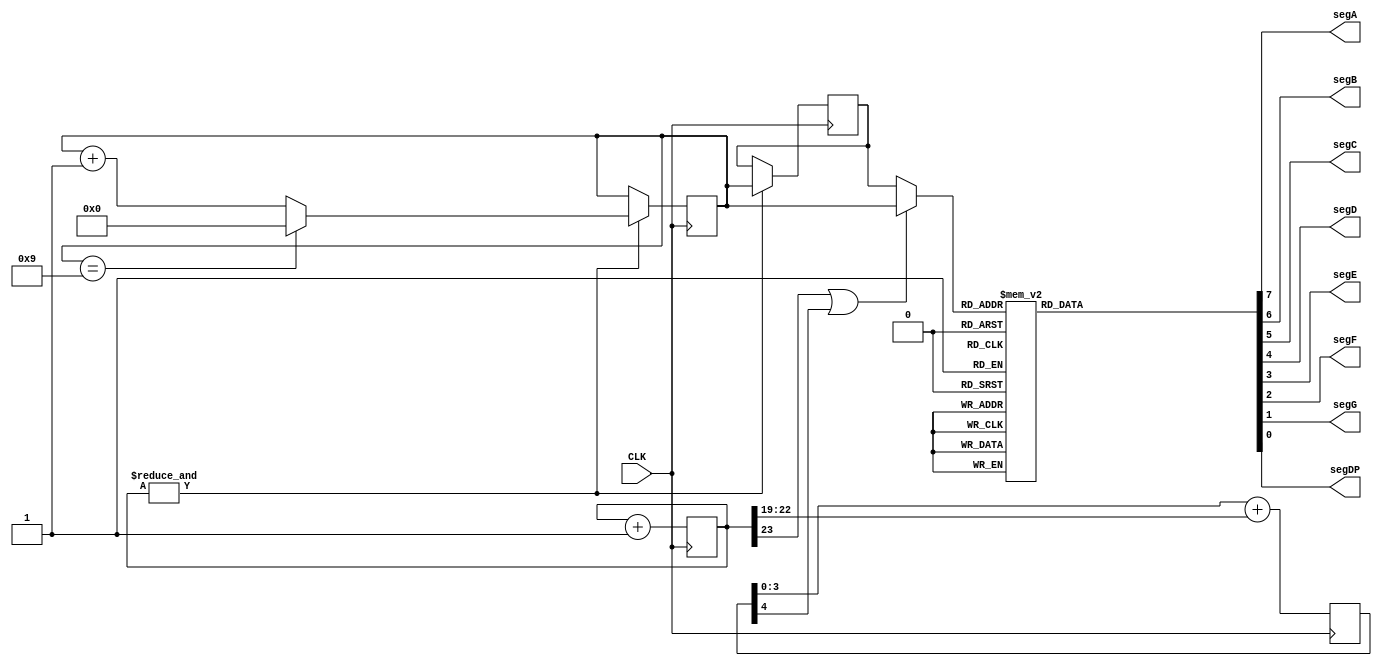
// look in pins.pcf for all the pin names on the TinyFPGA BX board
module top (
    input CLK,    // 16MHz clock
    // output LED,   // User/boot LED next to power LED
    // output USBPU  // USB pull-up resistor
    // output segA,
    // output segB, 
    // output segC, 
    // output segD, 
    // output segE, 
    // output segF, 
    // output segG, 
    // output segDP
    output segA, segB, segC, segD, segE, segF, segG, segDP
);

    // cnt is used as a prescalar
    reg[23:0] cnt;
    always @(posedge CLK) cnt <= cnt+24'h1;
    wire cntovf = &cnt;

    // BCD is a counter that counts from 0 to 9
    reg [3:0] BCD_new, BCD_old;
    always @(posedge CLK) if(cntovf) BCD_new <= (BCD_new==4'h9 ? 4'h0 : BCD_new + 4'h1);
    always @(posedge CLK) if(cntovf) BCD_old <= BCD_new;

    reg[4:0] PWM;
    wire[3:0] PWM_input = cnt[22:19];
    always @(posedge CLK) PWM <= PWM[3:0] + PWM_input;
    wire [3:0] BCD = (cnt[23] | PWM[4]) ? BCD_new : BCD_old;



    reg[7:0] SevenSeg;
    always @(*) begin
        case(BCD) 
            4'h0: SevenSeg = 8'b11111100;
            4'h1: SevenSeg = 8'b01100000;
            4'h2: SevenSeg = 8'b11011010;
            4'h3: SevenSeg = 8'b11110010;
            4'h4: SevenSeg = 8'b01100110;
            4'h5: SevenSeg = 8'b10110110;
            4'h6: SevenSeg = 8'b10111110;
            4'h7: SevenSeg = 8'b11100000;
            4'h8: SevenSeg = 8'b11111110;
            4'h9: SevenSeg = 8'b11110110;
            default: SevenSeg = 8'b00000000;
        endcase
    end

    assign {segA, segB, segC, segD, segE, segF, segG, segDP} = SevenSeg;

endmodule